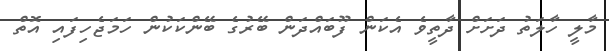
މާލީ ހާލަތު ދަށަށް ދާތީވެ އެކަން ފޫބައްދަން ބޭރުގެ ބޭންކަކުން ހަމަޖެހިފައި އޮތް